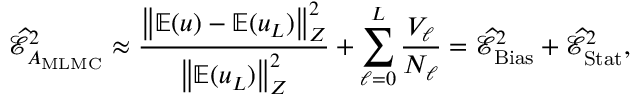
\widehat { \mathcal { E } } _ { A _ { \mathrm { M L M C } } } ^ { 2 } \approx \frac { \left\Vert \mathbb { E } ( u ) - \mathbb { E } ( u _ { L } ) \right\Vert _ { Z } ^ { 2 } } { \left\Vert \mathbb { E } ( u _ { L } ) \right\Vert _ { Z } ^ { 2 } } + \sum _ { \ell = 0 } ^ { L } \frac { V _ { \ell } } { N _ { \ell } } = \widehat { \mathcal { E } } _ { \mathrm { B i a s } } ^ { 2 } + \widehat { \mathcal { E } } _ { \mathrm { S t a t } } ^ { 2 } ,